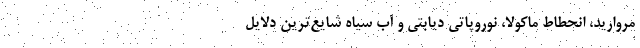
مروارید، انحطاط ماکولا، نوروپاتی دیابتی و آب سیاه شایع‌ترین دلایل